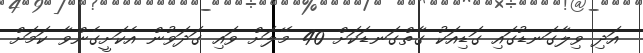
އަދި ވިލާގަނޑުގައި ގަޑިއަކު ގާތްގަނޑަކަށް 40 މޭލަށް ވައި ގަދަވުން އެކަށީގެންވާ ކަމަށް